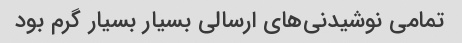
تمامی نوشیدنی‌های ارسالی بسیار بسیار گرم بود